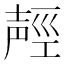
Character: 𰋌